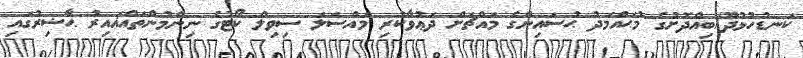
ކަނޑުހުޅުދޫ/ބިއްދޮށުގެ މުޙައްމަދު ޙުސައިންގެ މައްޗަށް ދަޢުވާކުރި މައްސަލަ ސިވިލް ކޯޓުގެ ނިންމުންތައްޣައިރު ޙާޟިރުގައި